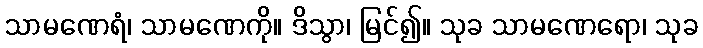
သာမဏေရံ၊ သာမဏေကို။ ဒိသွာ၊ မြင်၍။ သုခ သာမဏေရော၊ သုခ